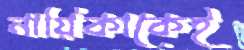
নায়িকাকেই